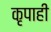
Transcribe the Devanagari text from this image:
कृपाही